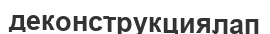
деконструкциялап